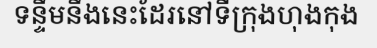
ទន្ទឹមនឹងនេះដែរនៅទីក្រុងហុងកុង